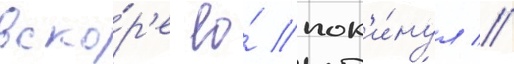
вско́р'е ео́ пок'и́нул //